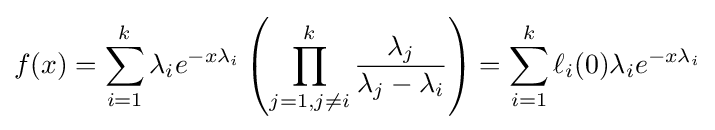
f(x)=\sum _{i=1}^{k}\lambda _{i}e^{-x\lambda _{i}}\left(\prod _{j=1,j\neq i}^{k}{\frac {\lambda _{j}}{\lambda _{j}-\lambda _{i}}}\right)=\sum _{i=1}^{k}\ell _{i}(0)\lambda _{i}e^{-x\lambda _{i}}